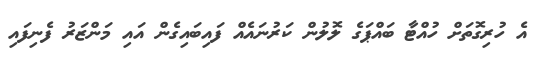
އެ ހުރިގޮތަށް ހުއްޓާ ބައްޕަގެ ލޮލުން ކަރުނައެއް ފައިބައިގެން އައި މަންޒަރު ފެނިފައި